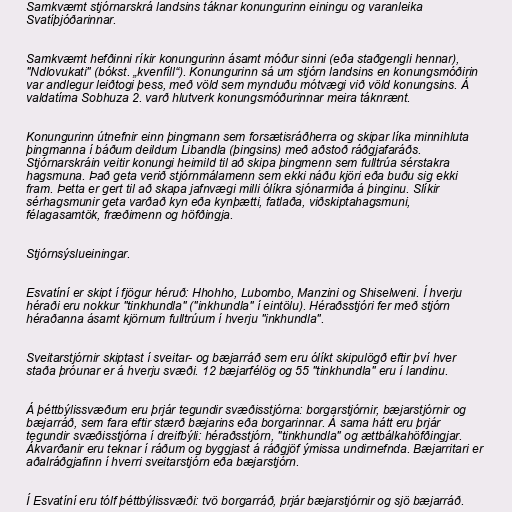
Samkvæmt stjórnarskrá landsins táknar konungurinn einingu og varanleika
Svatíþjóðarinnar.

Samkvæmt hefðinni ríkir konungurinn ásamt móður sinni (eða staðgengli hennar),
"Ndlovukati" (bókst. „kvenfíll“). Konungurinn sá um stjórn landsins en konungsmóðirin
var andlegur leiðtogi þess, með völd sem mynduðu mótvægi við völd konungsins. Á
valdatíma Sobhuza 2. varð hlutverk konungsmóðurinnar meira táknrænt.

Konungurinn útnefnir einn þingmann sem forsætisráðherra og skipar líka minnihluta
þingmanna í báðum deildum Libandla (þingsins) með aðstoð ráðgjafaráðs.
Stjórnarskráin veitir konungi heimild til að skipa þingmenn sem fulltrúa sérstakra
hagsmuna. Það geta verið stjórnmálamenn sem ekki náðu kjöri eða buðu sig ekki
fram. Þetta er gert til að skapa jafnvægi milli ólíkra sjónarmiða á þinginu. Slíkir
sérhagsmunir geta varðað kyn eða kynþætti, fatlaða, viðskiptahagsmuni,
félagasamtök, fræðimenn og höfðingja.

Stjórnsýslueiningar.

Esvatíní er skipt í fjögur héruð: Hhohho, Lubombo, Manzini og Shiselweni. Í hverju
héraði eru nokkur "tinkhundla" ("inkhundla" í eintölu). Héraðsstjóri fer með stjórn
héraðanna ásamt kjörnum fulltrúum í hverju "inkhundla".

Sveitarstjórnir skiptast í sveitar- og bæjarráð sem eru ólíkt skipulögð eftir því hver
staða þróunar er á hverju svæði. 12 bæjarfélög og 55 "tinkhundla" eru í landinu.

Á þéttbýlissvæðum eru þrjár tegundir svæðisstjórna: borgarstjórnir, bæjarstjórnir og
bæjarráð, sem fara eftir stærð bæjarins eða borgarinnar. Á sama hátt eru þrjár
tegundir svæðisstjórna í dreifbýli: héraðsstjórn, "tinkhundla" og ættbálkahöfðingjar.
Ákvarðanir eru teknar í ráðum og byggjast á ráðgjöf ýmissa undirnefnda. Bæjarritari er
aðalráðgjafinn í hverri sveitarstjórn eða bæjarstjórn.

Í Esvatíní eru tólf þéttbýlissvæði: tvö borgarráð, þrjár bæjarstjórnir og sjö bæjarráð.